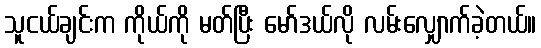
သူငယ်ချင်းက ကိုယ်ကို မတ်ပြီး မော်ဒယ်လို လမ်းလျှောက်ခဲ့တယ်။